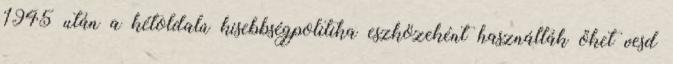
1945 után a kétoldalú kisebbségpolitika eszközeként használták őket vesd